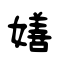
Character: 嫸